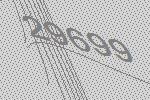
29699